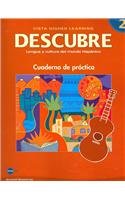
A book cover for DESCUBRE, Nivel 2 - Lengua y cultura del mundo hispÃ¡nico - Student Workbook (English and Spanish Edition); Jose A. Blanco; Teen & Young Adult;